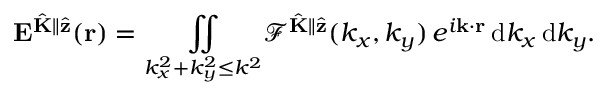
\mathbf { E } ^ { \hat { \mathbf { K } } \parallel \hat { \mathbf { z } } } ( \mathbf { r } ) = \underset { k _ { x } ^ { 2 } + k _ { y } ^ { 2 } \leq k ^ { 2 } } { \iint } \mathcal { F } ^ { \hat { \mathbf { K } } \parallel \hat { \mathbf { z } } } ( k _ { x } , k _ { y } ) \, e ^ { i \mathbf { k } \cdot \mathbf { r } } \, \mathrm { d } k _ { x } \, \mathrm { d } k _ { y } .